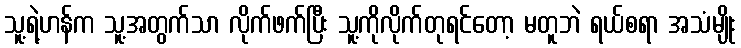
သူ့ရဲ့ဟန်က သူ့အတွက်သာ လိုက်ဖက်ပြီး သူ့ကိုလိုက်တုရင်တော့ မတူဘဲ ရယ်စရာ အသံမျိုး